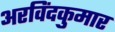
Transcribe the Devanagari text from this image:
अरविंदकुमार